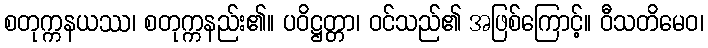
စတုက္ကနယဿ၊ စတုက္ကနည်း၏။ ပဝိဋ္ဌတ္တာ၊ ဝင်သည်၏ အဖြစ်ကြောင့်။ ဝီသတိမေဝ၊